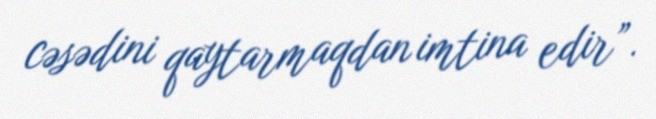
cəsədini qaytarmaqdan imtina edir”.